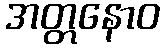
အတ္တနောဝ